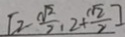
[ 2 - \frac { \sqrt { 2 } } { 2 } , 2 + \frac { \sqrt { 2 } } { 2 } ]